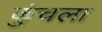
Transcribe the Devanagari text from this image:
कुंचला